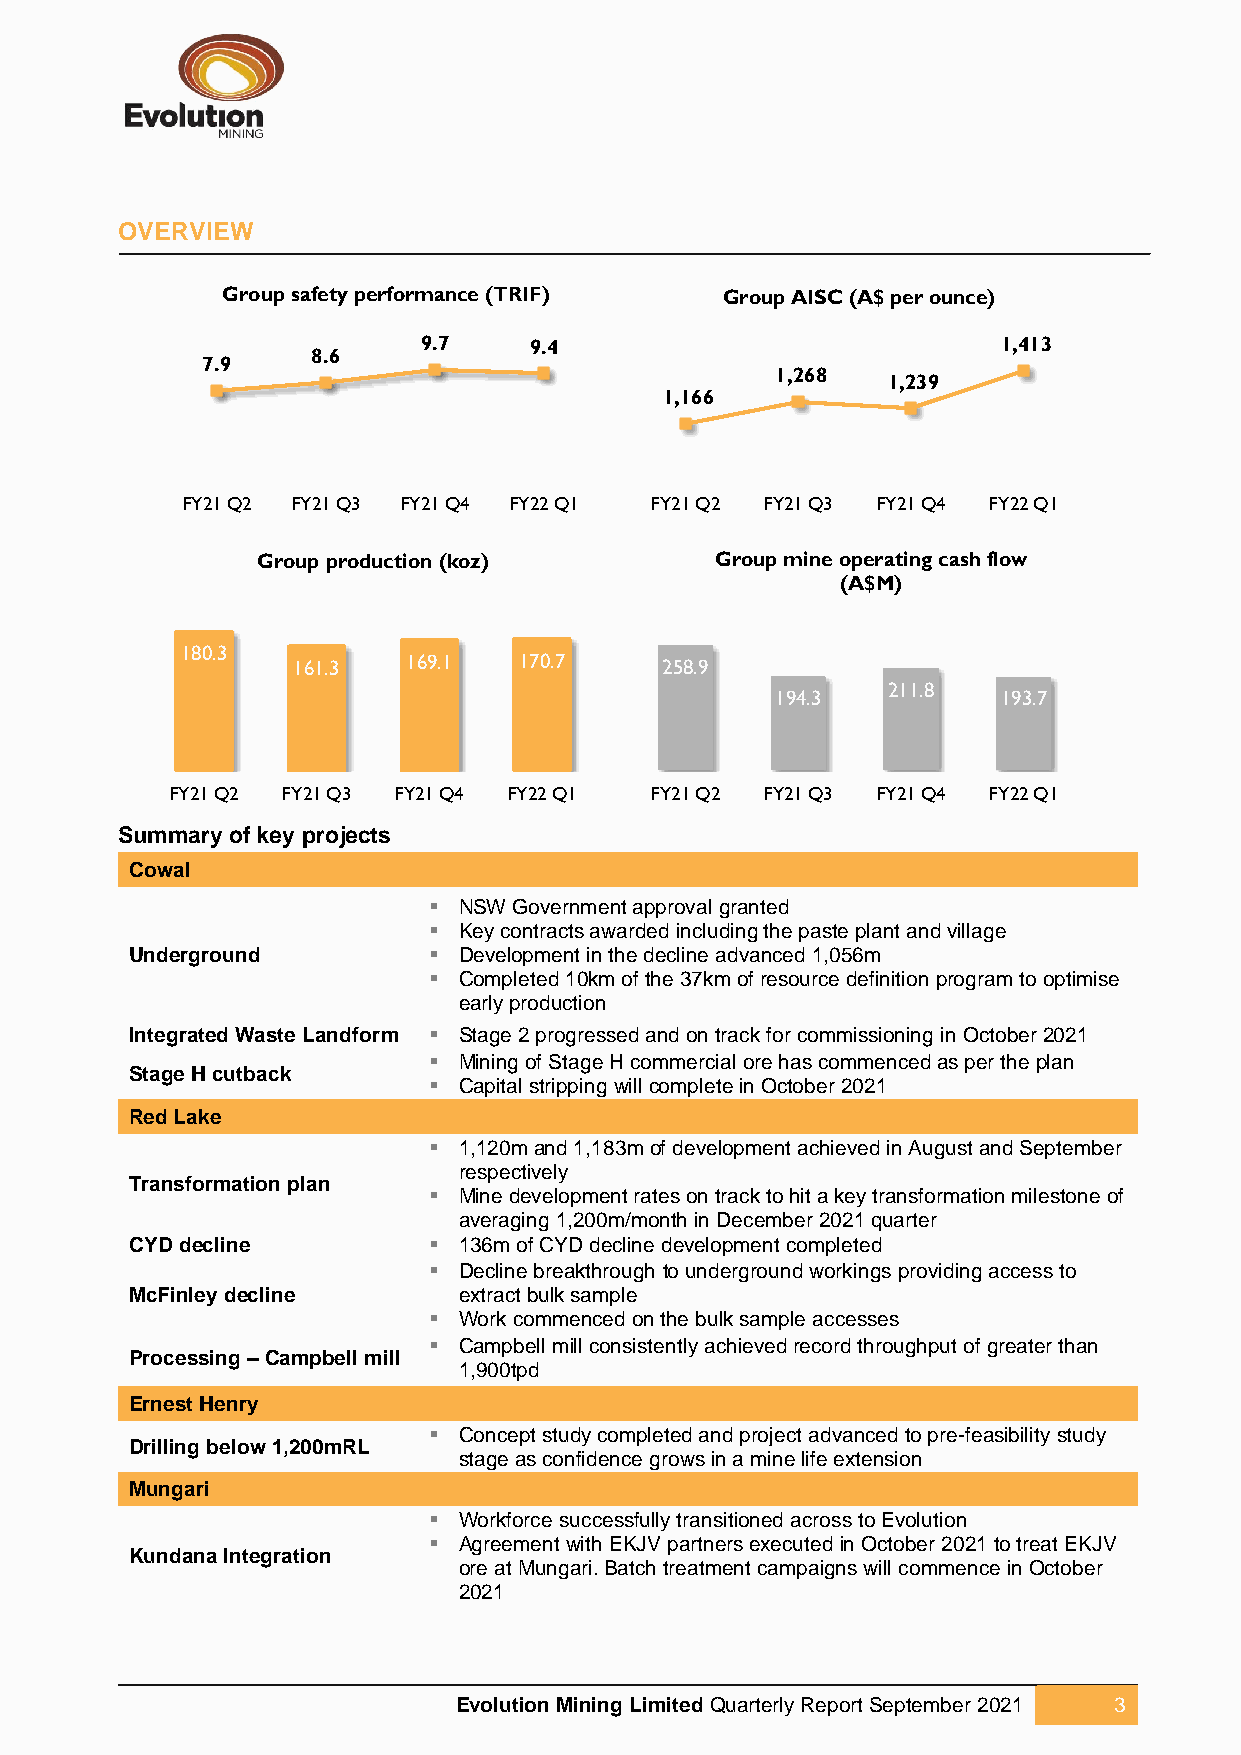
OVERVIEW
 Group safety performance (TRIF)  Group AISC (A$ per ounce)
 9.7    9.4                            1,413
 8.6
 7.9
 1,400     1,268   1,239
 1,300 1,166
 1,200
 1,100
 1,000
 900
 FY21 Q2 FY21 Q3 FY21 Q4 FY22 Q1 FY21 Q2 FY21 Q3 FY21 Q4 FY22 Q1
 Group production (koz)        Group mine operating cash flow
 250                             400            (A$M)
 350
 200
 300
 150 180.3 161.3   169.1  170.7  250 258.9
 200
 211.8
 100                             150       194.3          193.7
 100
 50
 50
 0                              0
 FY21 Q2 FY21 Q3 FY21 Q4 FY22 Q1 FY21 Q2 FY21 Q3 FY21 Q4 FY22 Q1
 Summary of key projects
 Cowal
 ▪ NSW Government approval granted
 ▪ Key contracts awarded including the paste plant and village
 Underground        ▪ Development in the decline advanced 1,056m
 ▪ Completed 10km of the 37km of resource definition program to optimise
 early production
 Integrated Waste Landform ▪ Stage 2 progressed and on track for commissioning in October 2021
 ▪ Mining of Stage H commercial ore has commenced as per the plan
 Stage H cutback
 ▪ Capital stripping will complete in October 2021
 Red Lake
 ▪ 1,120m and 1,183m of development achieved in August and September
 respectively
 Transformation plan
 ▪ Mine development rates on track to hit a key transformation milestone of
 averaging 1,200m/month in December 2021 quarter
 CYD decline        ▪ 136m of CYD decline development completed
 ▪ Decline breakthrough to underground workings providing access to
 McFinley decline     extract bulk sample
 ▪ Work commenced on the bulk sample accesses
 ▪ Campbell mill consistently achieved record throughput of greater than
 Processing – Campbell mill
 1,900tpd
 Ernest Henry
 ▪ Concept study completed and project advanced to pre-feasibility study
 Drilling below 1,200mRL
 stage as confidence grows in a mine life extension
 Mungari
 ▪ Workforce successfully transitioned across to Evolution
 ▪ Agreement with EKJV partners executed in October 2021 to treat EKJV
 Kundana Integration
 ore at Mungari. Batch treatment campaigns will commence in October
 2021
 Evolution Mining Limited Quarterly Report September 2021 3